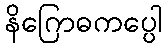
နိဂြောဓကပ္ပေါ